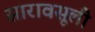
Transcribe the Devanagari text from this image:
सारावसूली